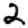
Digit: 2